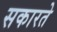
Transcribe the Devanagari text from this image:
सकारते